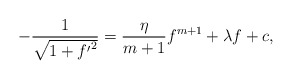
\begin{align*}-\frac{1}{\sqrt{1+{f'}^2}}=\frac{\eta}{m+1}f^{m+1}+\lambda f+c,\end{align*}